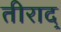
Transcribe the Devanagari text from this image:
तीराद्